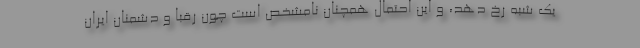
یک شبه رخ دهد، و این احتمال همچنان نامشخص است چون رقبا و دشمنان ایران